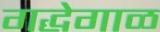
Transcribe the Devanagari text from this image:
गद्धेगाळ